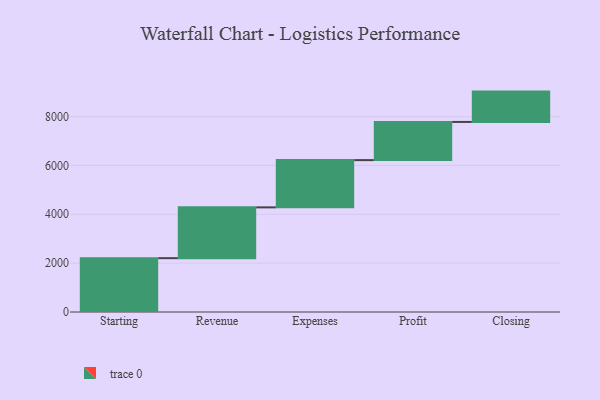
{"axis": {"x": "Step", "y": "Value"}, "legend": [""], "data": [{"x": "Starting", "y": 2203.0, "type": ""}, {"x": "Revenue", "y": 2080.0, "type": ""}, {"x": "Expenses", "y": 1934.0, "type": ""}, {"x": "Profit", "y": 1563.0, "type": ""}, {"x": "Closing", "y": 1242.0, "type": ""}]}